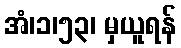
အံ၊၁၊၅၃၊ မှယူရန်